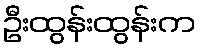
ဦးထွန်းထွန်းက